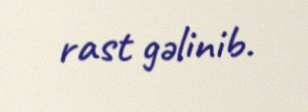
rast gəlinib.